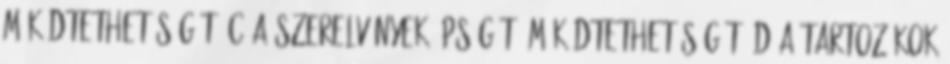
mûködtethetõségét, c a szerelvények épségét, mûködtethetõségét, d a tartozékok